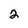
Character: 2